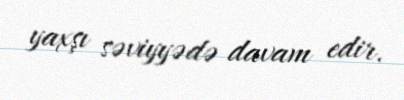
yaxşı səviyyədə davam edir.